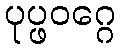
ပုပ္ဖဝဂ္ဂေ